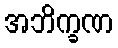
အဘိက္ခဏ